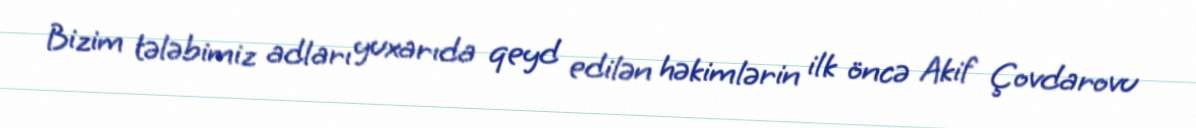
Bizim tələbimiz adları yuxarıda qeyd edilən həkimlərin ilk öncə Akif Çovdarovu